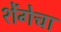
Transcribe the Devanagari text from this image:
शेंगेचा